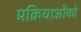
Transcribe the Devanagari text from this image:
प्रक्रियाओंको